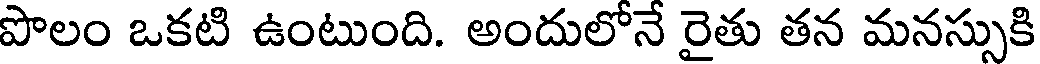
పొలం ఒకటి ఉంటుంది. అందులోనే రైతు తన మనస్సుకి